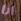
انا